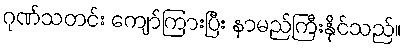
ဂုဏ်သတင်း ကျော်ကြားပြီး နာမည်ကြီးနိုင်သည်။